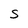
Character: S